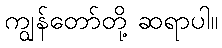
ကျွန်တော်တို့ ဆရာပါ။